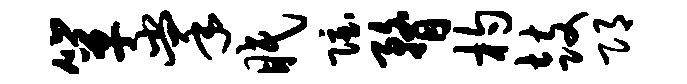
箪掌眠隐瞀杓鼓邛